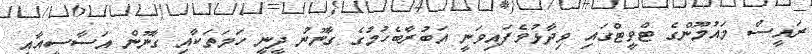
ރައީސް މައުމޫންގެ ޓްވީޓްގައި ވިދާޅުވެފައިވަނީ އަބުރާބެހުމުގެ ގާނޫނު ދީނީ ހަމަތަކާއި ގާނޫން އަސާސީއާއި